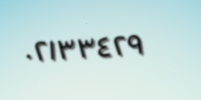
٠٢١٣٣٤٢٩